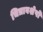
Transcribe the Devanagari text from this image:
चित्रावशेषों